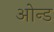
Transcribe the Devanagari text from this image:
ओन्ड